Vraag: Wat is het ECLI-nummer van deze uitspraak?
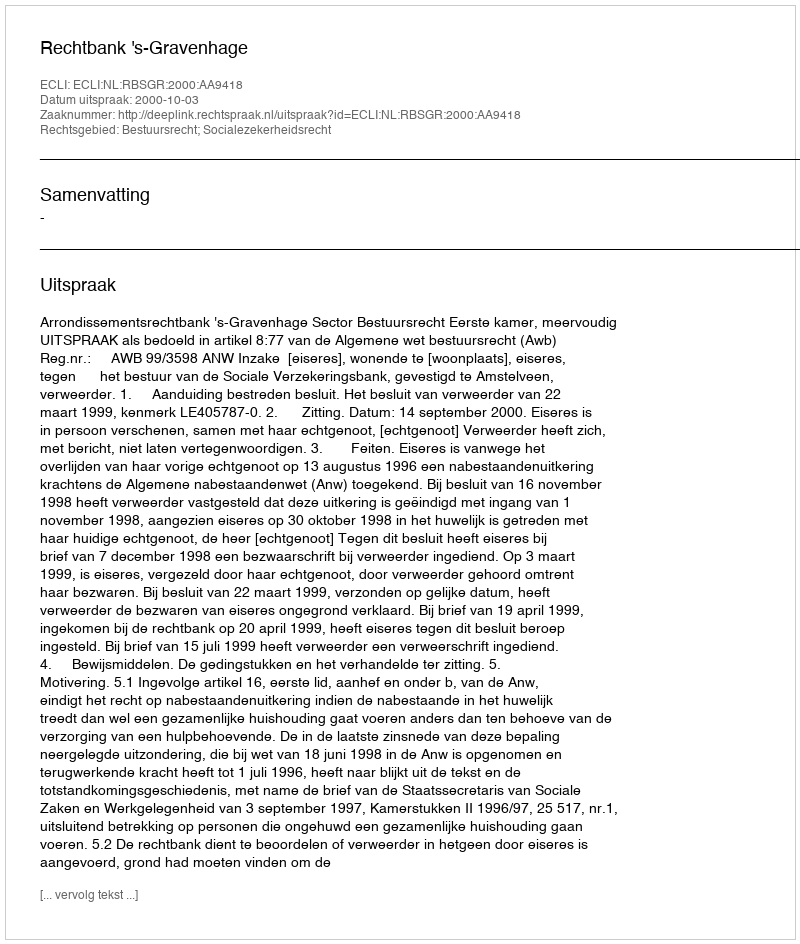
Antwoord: ECLI:NL:RBSGR:2000:AA9418